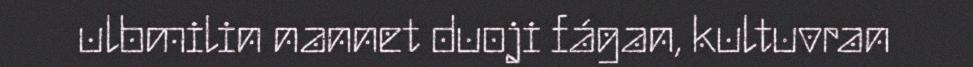
ulbmilin nannet duoji fágan, kultuvran